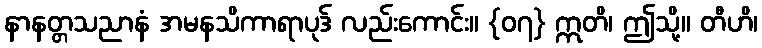
နာနတ္တသညာနံ အမနသိကာရာပုဒ် လည်းကောင်း။ {၀၇} ဣတိ၊ ဤသို့။ တီဟိ၊